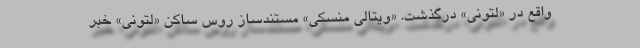
واقع در «لتونی» درگذشت. «ویتالی منسکی» مستندساز روس ساکن «لتونی» خبر